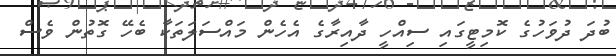
ބުދަ ދުވަހުގެ ކޮމިޓީގައި ސިއްހީ ދާއިރާގެ އެހެން މައްސަލަތަކާ ބެހޭ ގޮތުން ވެސް